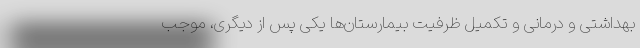
بهداشتی و درمانی و تکمیل ظرفیت بیمارستان‌ها یکی پس از دیگری، موجب